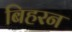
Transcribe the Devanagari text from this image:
बिहरन